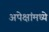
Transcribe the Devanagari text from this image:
अपेक्षांमध्ये